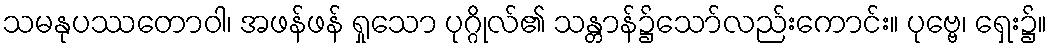
သမနုပဿတောဝါ၊ အဖန်ဖန် ရှုသော ပုဂ္ဂိုလ်၏ သန္တာန်၌သော်လည်းကောင်း။ ပုဗ္ဗေ၊ ရှေး၌။